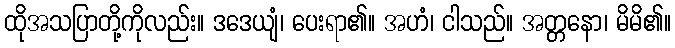
ထိုအသပြာတို့ကိုလည်း။ ဒဒေယျံ၊ ပေးရာ၏။ အဟံ၊ ငါသည်။ အတ္တနော၊ မိမိ၏။